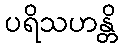
ပရိသဟန္တိ